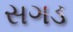
સગડ